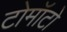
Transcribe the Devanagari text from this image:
टोमॉटो